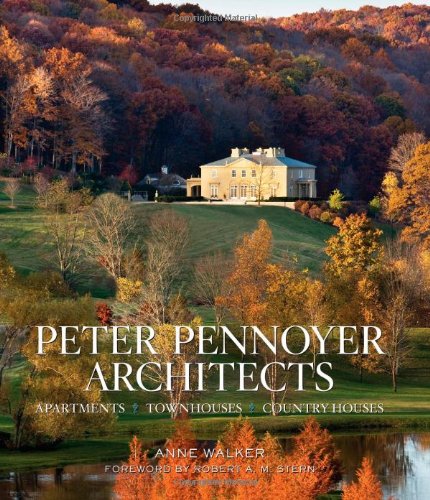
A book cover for Peter Pennoyer Architects: Apartments, Townhouses, Country Houses; Peter Pennoyer; Arts & Photography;